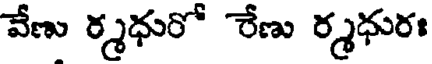
వేణు ర్మధురో రేణు ర్మధురః